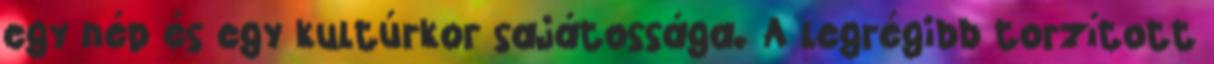
egy nép és egy kultúrkor sajátossága. A legrégibb torzított